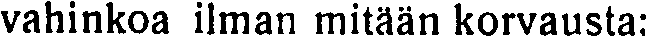
vahinkoa ilman mitään korvausta: